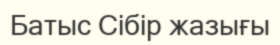
Батыс Сібір жазығы